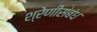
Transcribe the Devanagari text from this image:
श्रेणीसंबंध